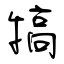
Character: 犒